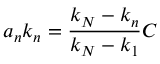
a _ { n } k _ { n } = \frac { k _ { N } - k _ { n } } { k _ { N } - k _ { 1 } } C